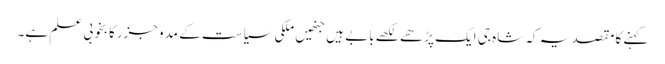
کہنے کا مقصد یہ کہ شاہ جی ایک پڑھے لکھے بابے ہیں جنھیں ملکی سیاست کے مدوجزرکا بخوبی علم ہے۔